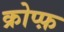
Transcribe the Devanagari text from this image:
क्रोप्फ़